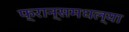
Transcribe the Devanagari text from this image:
फ्रान्समधल्या